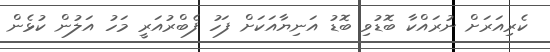
ކެރިއަރަށް ނުރައްކާ ބޮޑުވި ބޮޑު އަނިޔާއަކަށް ފަހު ފެބްރުއަރީ މަހު އަލުން ކުޅެން